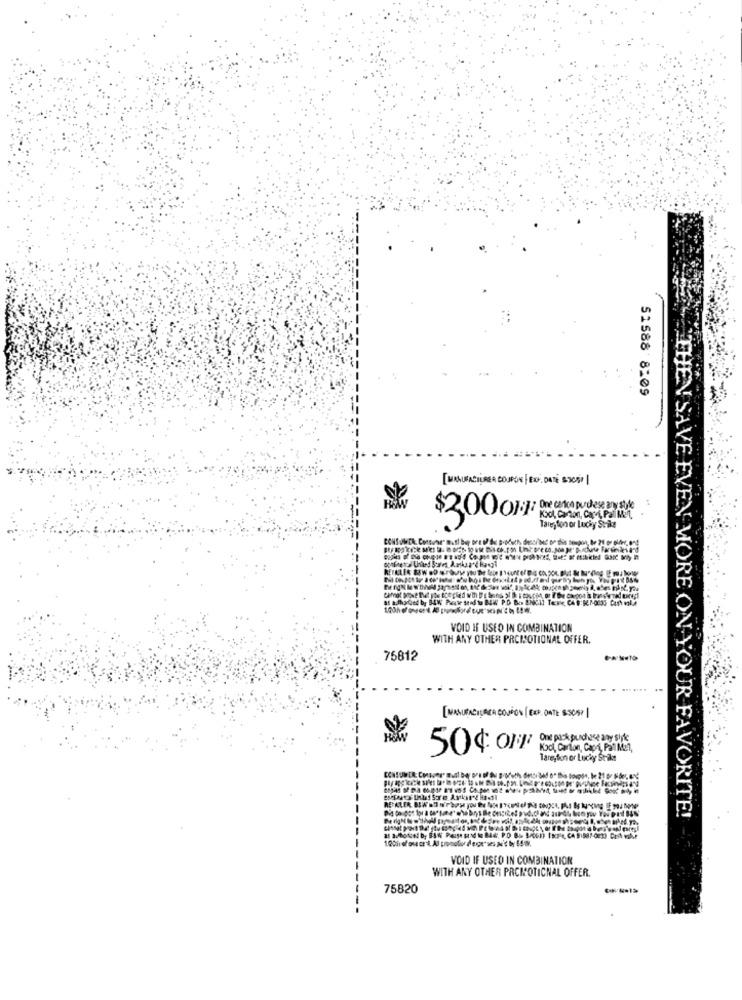
51588 8:09
$300 OF Oe KONde table
Tareyton or Lucky Strike
VOID IF USED IN COMBINATION
WITH ANY OTHER PROMOTIONAL OFFER.
75812
[MANUFACIL ACABOUDON (BCP ONTE SCAP
Kool, Carton, Cand, Pal Met,
Tareyton or Lucky Strike
THEN SAVE EVEN MORE ON YOUR FAVORITE!
VOID IF USED IN COMBINATION
WITH ANY OTHER PRCMOTICNAL OFFER.
75820